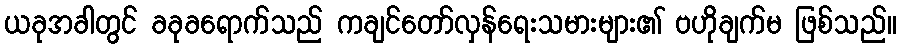
ယခုအခါတွင် ခခုခရောက်သည် ကချင်တော်လှန်ရေးသမားများ၏ ဗဟိုချက်မ ဖြစ်သည်။